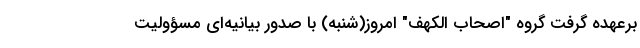
برعهده گرفت گروه "اصحاب الکهف" امروز(شنبه) با صدور بیانیه‌ای مسؤولیت